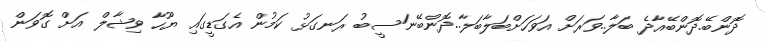
ދޮންބޭ.ދޮންބޭއާދެ ބަލާ..ވަރަށް އަވަހަށްބަލާބަލާ..ދޮންބޭނަސީބު ރަނގަޅު ކަމުން އެގަޑީގައި ޔޫހާ ވިޝާލް އަށް ގޮވަން